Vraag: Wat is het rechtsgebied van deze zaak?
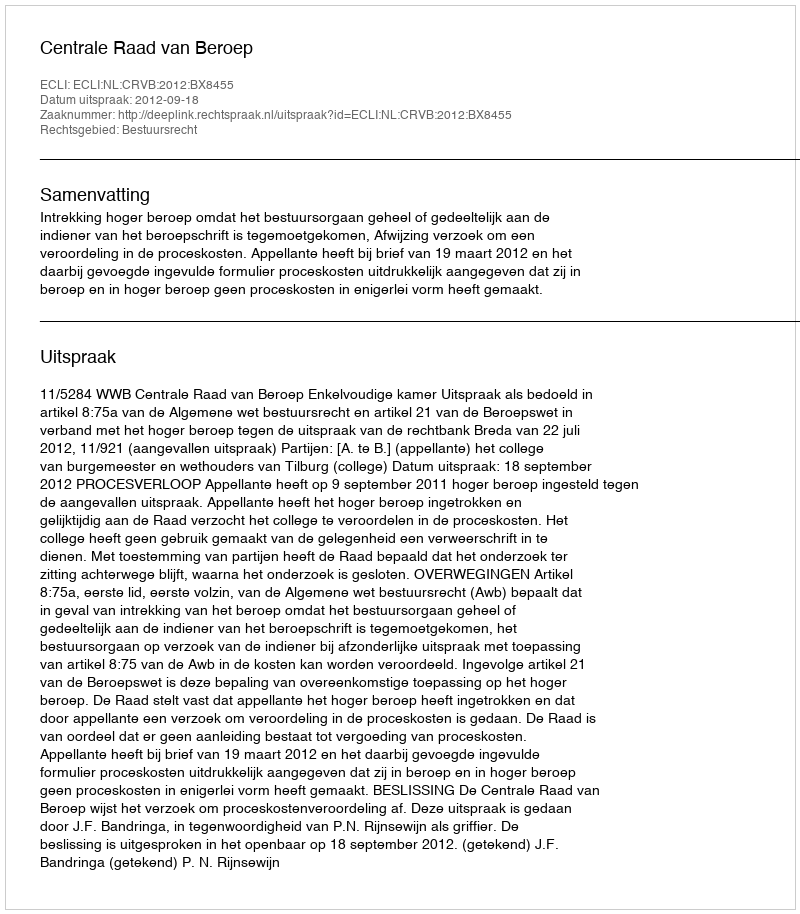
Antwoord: Bestuursrecht